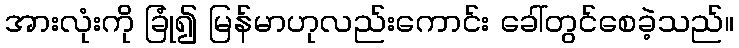
အားလုံးကို ခြုံ၍ မြန်မာဟုလည်းကောင်း ခေါ်တွင်စေခဲ့သည်။